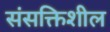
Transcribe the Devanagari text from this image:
संसक्तिशील